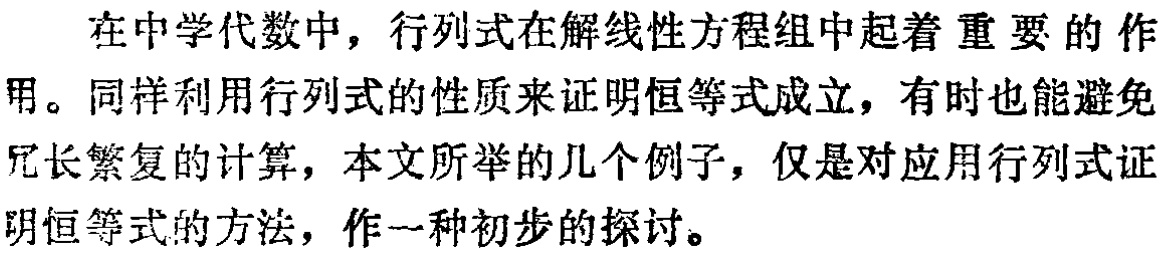
在中学代数中，行列式在解线性方程组中起着重要的作用。同样利用行列式的性质来证明恒等式成立，有时也能避免冗长繁复的计算，本文所举的几个例子，仅是对应用行列式证明恒等式的方法，作一种初步的探讨。